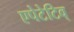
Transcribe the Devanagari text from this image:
एपेटेटिव्